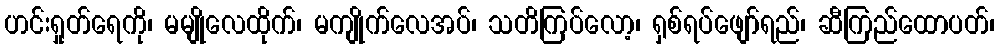
ဟင်းရှုတ်ရေကို၊ မမျိုလေထိုက်၊ မကျိုက်လေအပ်၊ သတိကြပ်လော့၊ ရှစ်ရပ်ဖျော်ရည်၊ ဆီကြည်ထောပတ်၊